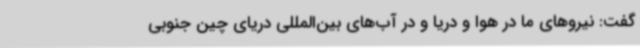
گفت: نیروهای ما در هوا و دریا و در آب‌های بین‌المللی دریای چین جنوبی